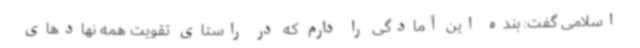
اسلامی گفت: بنده این آمادگی را دارم که در راستای تقویت همه نهادهای